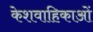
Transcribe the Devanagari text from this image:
केशवाहिकाओं